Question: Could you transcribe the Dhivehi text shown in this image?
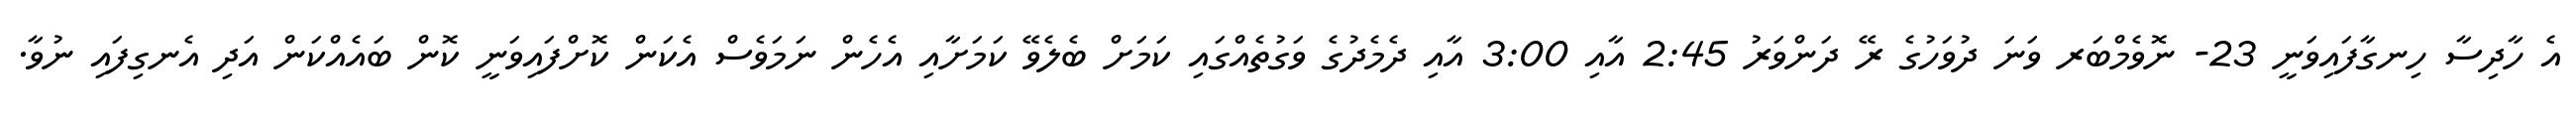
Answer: އެ ހާދިސާ ހިނގާފައިވަނީ 23- ނޮވެމްބަރ ވަނަ ދުވަހުގެ ރޭ ދަންވަރު 2:45 އާއި 3:00 އާއި ދެމެދުގެ ވަގުތެއްގައި ކަމަށް ބެލެވޭ ކަމަށާއި އެހެން ނަމަވެސް އެކަން ކޮށްފައިވަނީ ކޮން ބައެއްކަން އަދި އެނގިފައި ނުވާ.